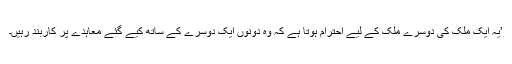
’یہ ایک ملک کی دوسرے ملک کے لیے احترام ہوتا ہے کہ وہ دونوں ایک دوسرے کے ساتھ کیے گئے معاہدے پر کاربند رہیں۔